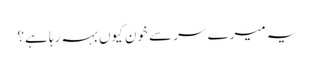
یہ میرے سر سے خون کیوں بہہ رہا ہے؟